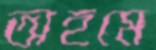
অহমে